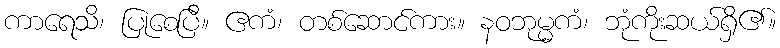
ကာရေသိ၊ ပြုစေပြီ။ ဧကံ၊ တစ်ဆောင်ကား။ နဝဘုမ္မကံ၊ ဘုံကိုးဆယ်ရှိ၏။